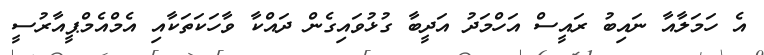
އެ ހަމަލާއާ ނައިބު ރައީސް އަހްމަދު އަދީބާ ގުޅުވައިގެން ދައްކާ ވާހަކަތަކާއި އެމްއެމްޕީއާރުސީ